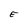
Character: E